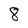
Character: 8